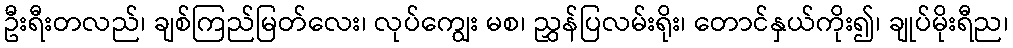
ဦးရီးတလည်၊ ချစ်ကြည်မြတ်လေး၊ လုပ်ကျွေး မစ၊ ညွှန်ပြလမ်းရိုး၊ တောင်နှယ်ကိုး၍၊ ချုပ်မိုးရီည၊